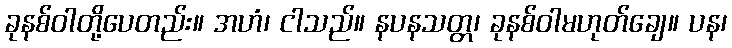
ခုနစ်ဝါတို့ပေတည်း။ အဟံ၊ ငါသည်။ နပနသတ္တ၊ ခုနစ်ဝါမဟုတ်ချေ။ ပန၊